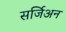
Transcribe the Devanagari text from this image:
सर्जिअन